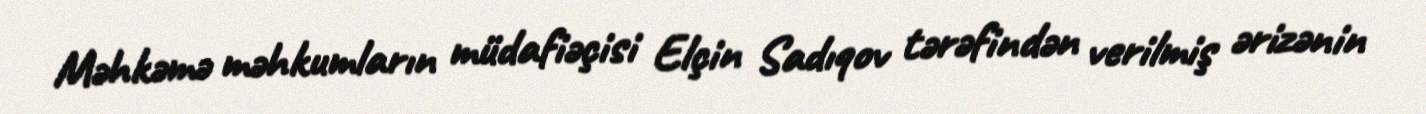
Məhkəmə məhkumların müdafiəçisi Elçin Sadıqov tərəfindən verilmiş ərizənin